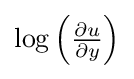
{\textstyle \log \left({\frac {\partial u}{\partial y}}\right)}